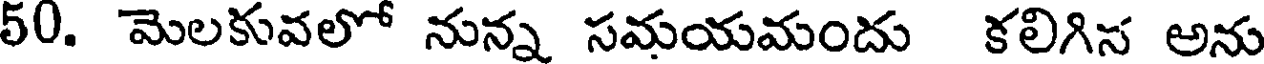
50. మెలకువలో నున్న సమయమందు కలిగిన అను